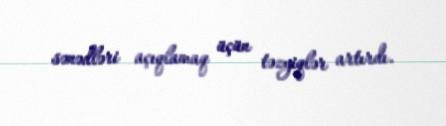
sənədləri açıqlamaq üçün təzyiqlər artırdı.